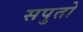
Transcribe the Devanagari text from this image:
सपुतो